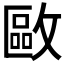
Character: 𢿛